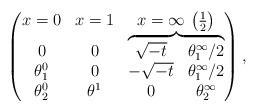
LaTeX: \begin{gather*}\left(\begin{matrix} x=0 & x=1 & x=\infty \, \left( \frac12 \right) \\\begin{matrix} 0 \\ \theta^0_1 \\ \theta^0_2 \end{matrix}& \begin{matrix} 0 \\ 0 \\ \theta^1 \end{matrix}&\overbrace{\begin{matrix} \sqrt{-t} & \theta^\infty_1/2 \\ -\sqrt{-t} & \theta^\infty_1/2 \\ 0 & \theta^\infty_2 \\ \end{matrix}}\end{matrix}\right) ,\end{gather*}